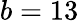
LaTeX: b=13